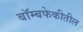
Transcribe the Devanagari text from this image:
बॉम्बफेकीतील